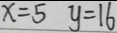
x = 5 y = 1 6